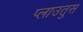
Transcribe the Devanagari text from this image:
प्लाउतुस